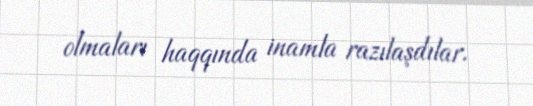
olmaları haqqında inamla razılaşdılar.